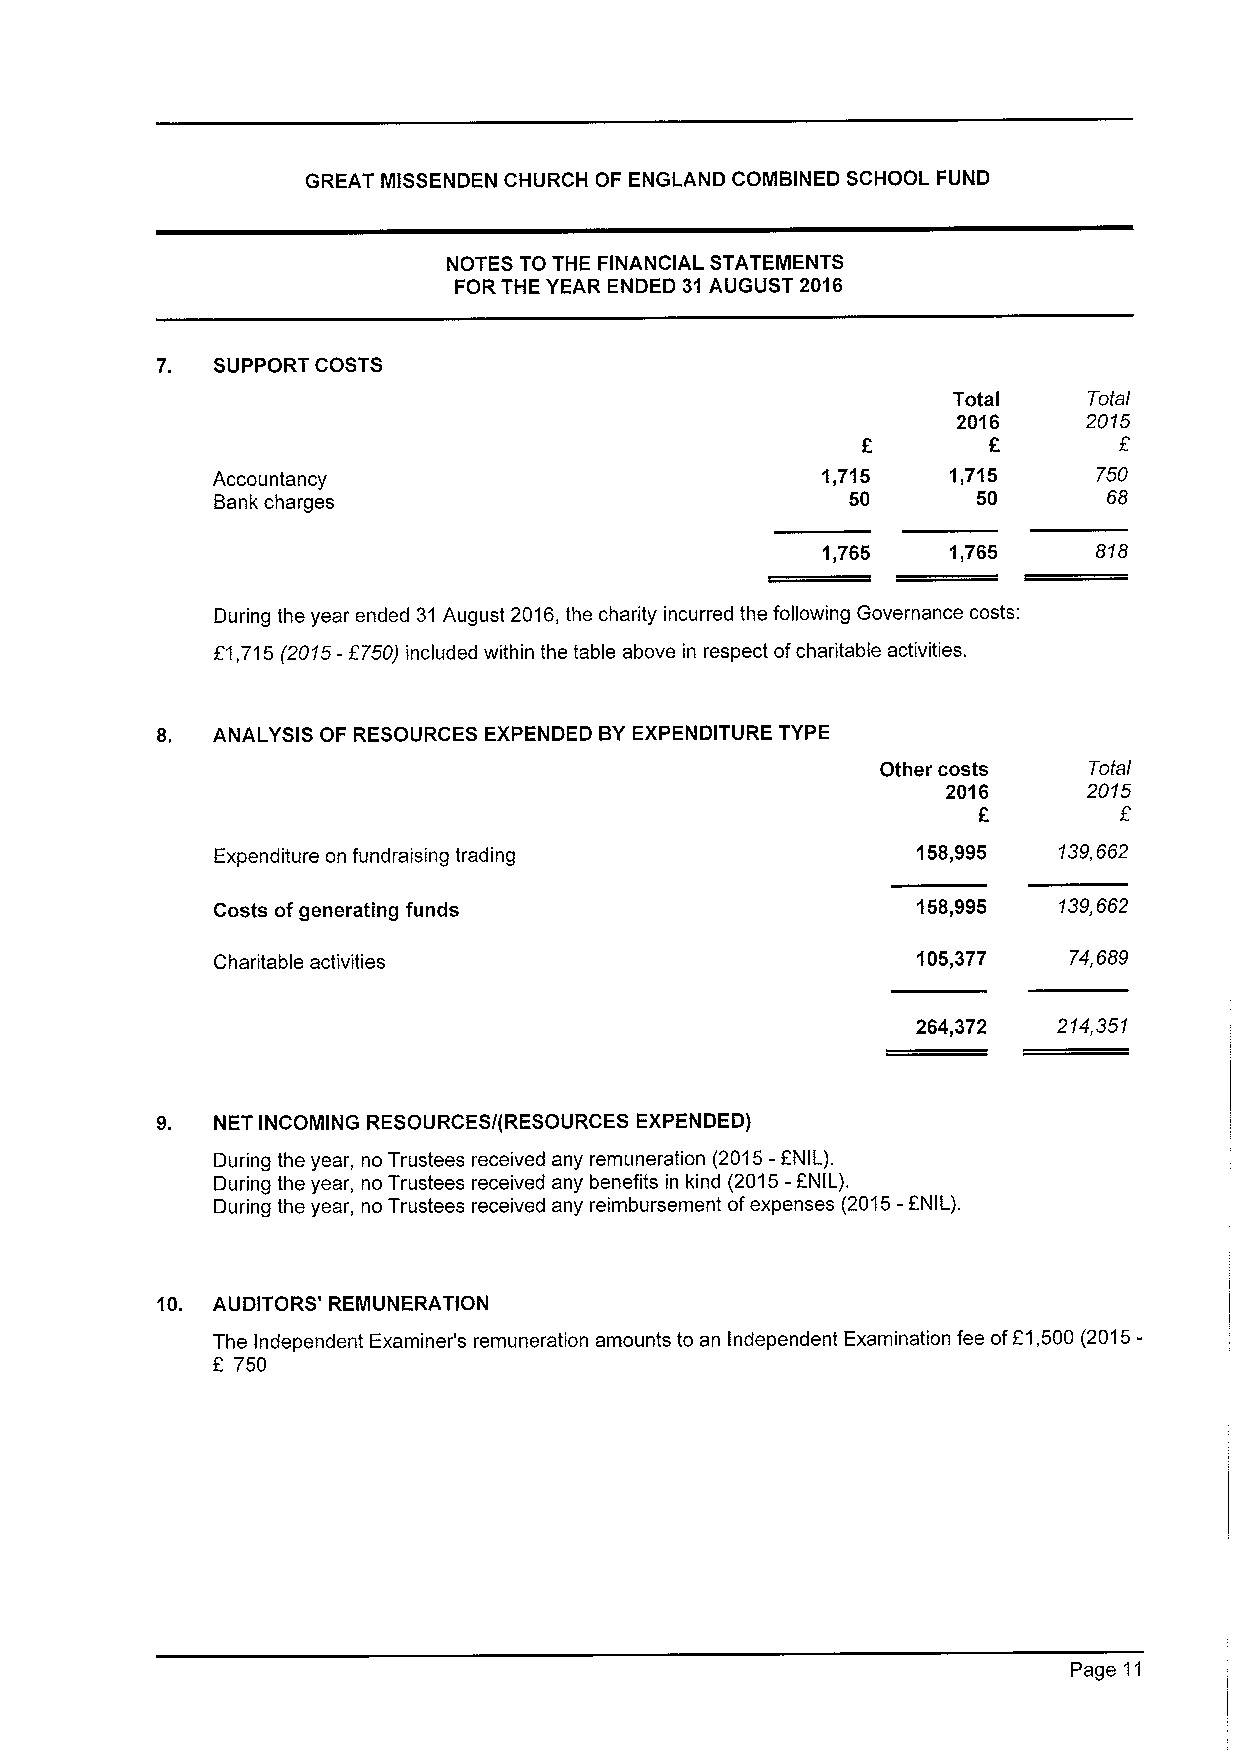
GREAT MISSENDEN CHURCH OF ENGLAND COMBINED SCHOOL FUND
 NOTES TO THE FINANCIAL STATEMENTS
 FOR THE YEAR ENDED 31AUGUST 2016
 7.  SUPPORT COSTS
 Total    Total
 2016     2015
 Accountancy                             1,715    1,715     750
 Bank charges                              50       50      68
 1,765    1,765    818
 During the year ended 31August 2016,the charity incurred the following Governance costs:
 E1,715(2015-f750) included within the table above in respect ofcharitable activities.
 8.  ANALYSIS OF RESOURCES EXPENDED BYEXPENDITURE TYPE
 Other costs   Total
 2016     2015
 F        E
 Expenditure on fundraising trading             158,995  139,662
 Costs ofgenerating funds                       158,995  139,662
 Charitable activities                          105,377   74,689
 264,372  214,351
 9.  NET INCOMING RESOURCES/(RESOURCES EXPENDED)
 During the year, no Trustees received any remuneration
 (2015-
 ANIL).
 During the year, no Trustees received any benefits in kind
 (2015-
 ANIL).
 During the year, no Trustees received any reimbursement ofexpenses (2015- ANIL).
 10. AUDITORS' REMUNERATION
 The Independent Examiner's remuneration amounts to an Independent Examination fee ofE1,500 (2015-
 E 750
 Page 11